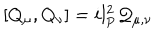
[ Q _ { \mu } , Q _ { \nu } ] = i l _ { \mathrm { P } } ^ { 2 } { \cal Q } _ { \mu , \nu }